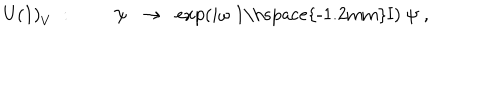
LaTeX: \mathrm { U ( 1 ) } _ { V } \; : \; \; \psi \; \; \rightarrow \; \; \exp \left( i \omega \; \mathrm { 1 \hspace { - 1 . 2 m m } I } \right) \; \psi \; ,